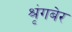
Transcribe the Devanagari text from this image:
श्रृंगबेर